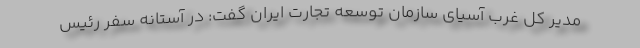
مدیر کل غرب آسیای سازمان توسعه تجارت ایران گفت: در آستانه سفر رئیس